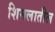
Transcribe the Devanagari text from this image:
शिमलातील